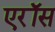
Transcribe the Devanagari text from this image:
एरॉस